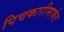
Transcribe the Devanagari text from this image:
पिचकारीमार्फत